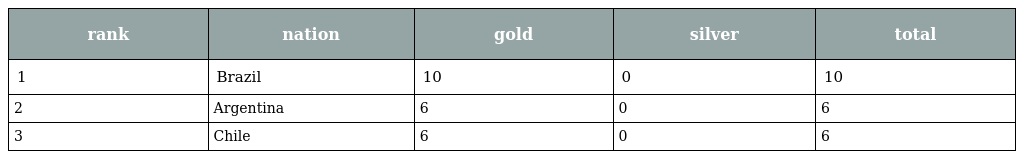
| rank | nation | gold | silver | total |
 | --- | --- | --- | --- | --- |
 | 1 | Brazil | 10 | 0 | 10 |
 | 2 | Argentina | 6 | 0 | 6 |
 | 3 | Chile | 6 | 0 | 6 |